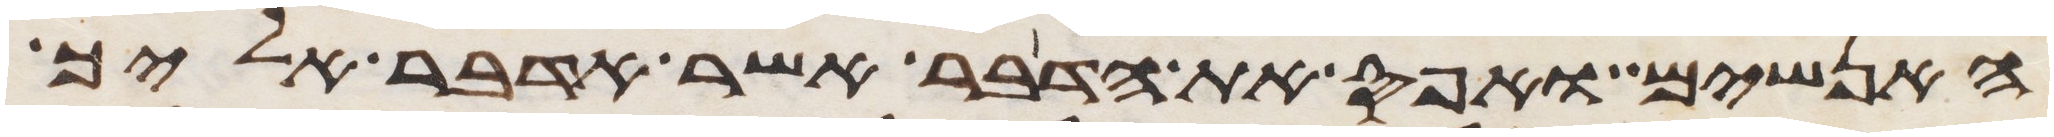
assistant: האנשים ואפס את הדבר אשר אדבר אליך